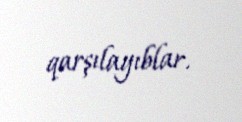
qarşılayıblar.